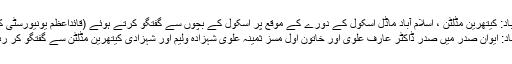
اسلام آباد: کیتھرین مڈلٹن ، اسلام آباد ماڈل اسکول کے دورے کے موقع پر اسکول کے بچوں سے گفتگو کرتے ہوئے (قائداعظم یونیورسٹی کالونی)
اسلام آباد: ایوان صدر میں صدر ڈاکٹر عارف علوی اور خاتون اول مسز ثمینہ علوی شہزادہ ولیم اور شہزادی کیتھرین مڈلٹن سے گفتگو کر رہی ہیں۔